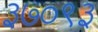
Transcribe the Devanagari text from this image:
३७०९३